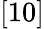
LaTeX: [10]